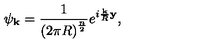
\psi _ { \mathrm { \bf \tiny k } } = \frac { 1 } { \left( 2 \pi R \right) ^ { \frac { n } { 2 } } } e ^ { i \frac { \mathrm { \bf \tiny k } } { R } \mathrm { \bf y } } ,